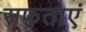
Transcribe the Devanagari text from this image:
सफताएं